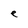
Character: e